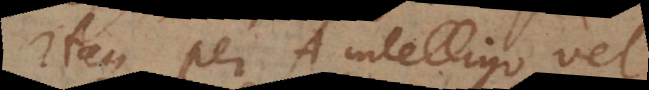
Itaque per A intelligo vel